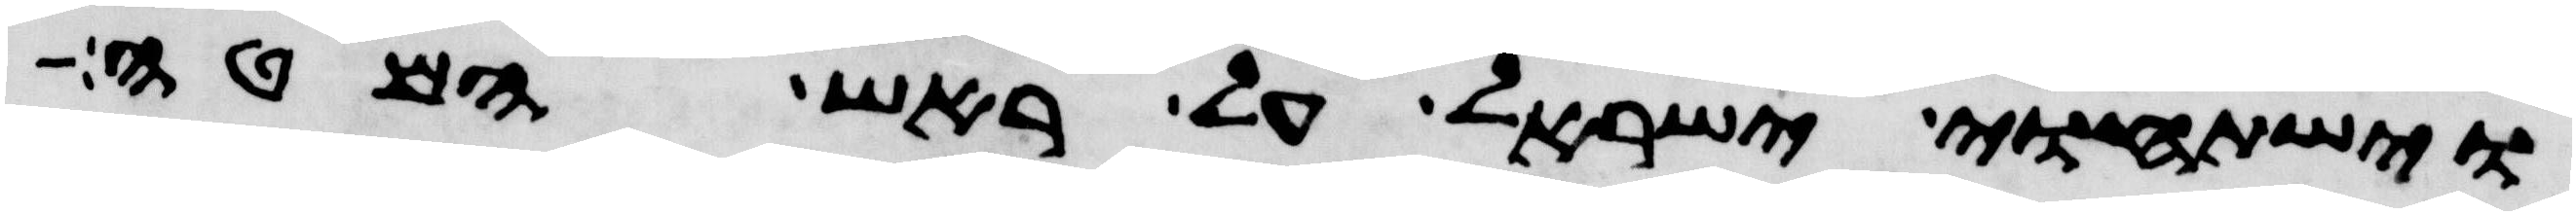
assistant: וישתחוי ישראל על ראש המטה